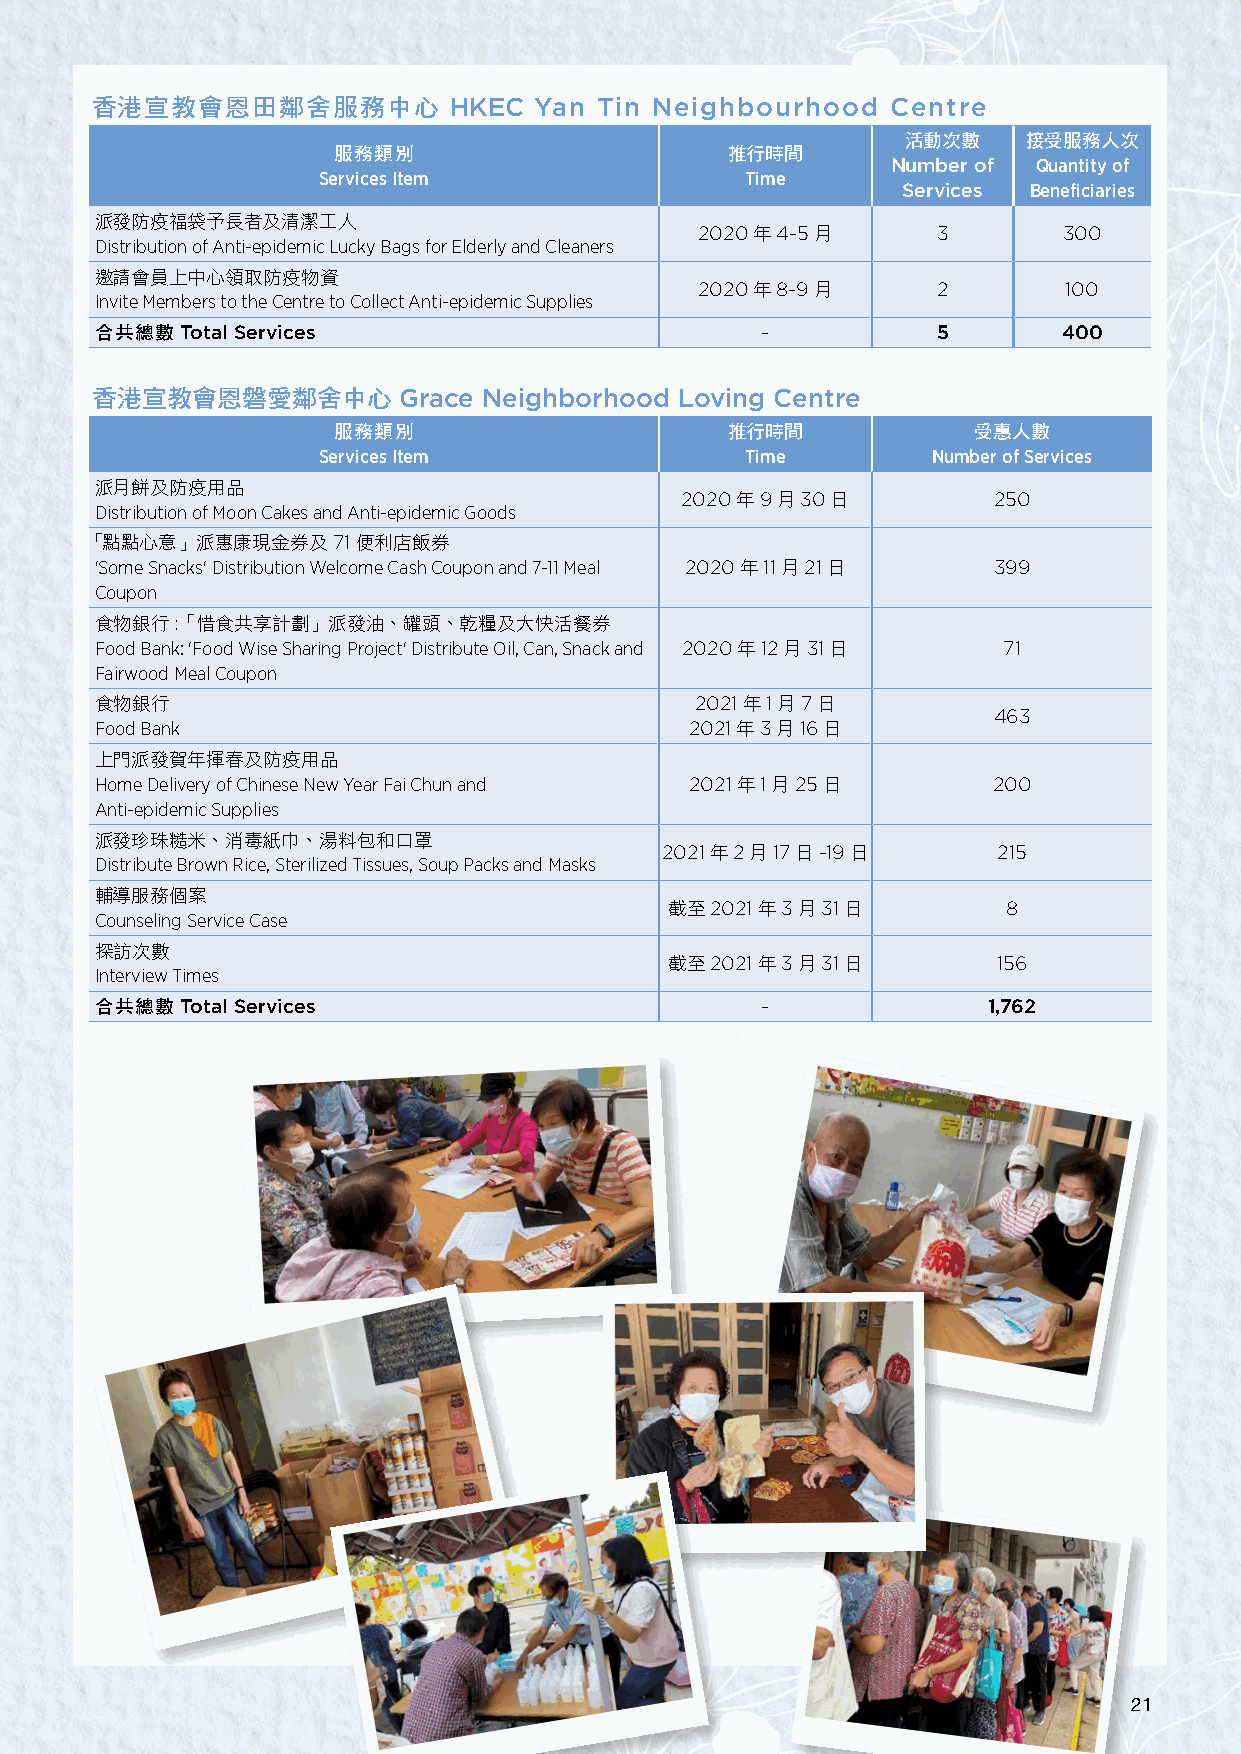
香港宣教會恩田鄰舍服務中心           HKEC Yan  Tin Neighbourhood  Centre
 活動次數    接受服務人次
 服務類別                      推行時間
 Number of Quantity of
 Services Item               Time
 Services Beneficiaries
 派發防疫福袋予長者及清潔工人
 2020年4-5月       3       300
 Distribution of Anti-epidemic Lucky Bags for Elderly and Cleaners
 邀請會員上中心領取防疫物資
 2020年8-9月       2       100
 Invite Members to the Centre to Collect Anti-epidemic Supplies
 合共總數  Total Services                        -           5       400
 香港宣教會恩磐愛鄰舍中心        Grace Neighborhood Loving Centre
 服務類別                      推行時間            受惠人數
 Services Item               Time         Number of Services
 派月餅及防疫用品
 2020年9月30日           250
 Distribution of Moon Cakes and Anti-epidemic Goods
 「點點心意」派惠康現金券及71便利店飯券
 'Some Snacks' Distribution Welcome Cash Coupon and 7-11 Meal 2020年11月21日 399
 Coupon
 食物銀行:「惜食共享計劃」派發油、罐頭、乾糧及大快活餐券
 Food Bank: 'Food Wise Sharing Project' Distribute Oil, Can, Snack and 2020年12月31日 71
 Fairwood Meal Coupon
 食物銀行                                    2021年1月7日
 463
 Food Bank                               2021年3月16日
 上門派發賀年揮春及防疫用品
 Home Delivery of Chinese New Year Fai Chun and 2021年1月25日   200
 Anti-epidemic Supplies
 派發珍珠糙米、消毒紙巾、湯料包和口罩
 2021年2月17日-19日        215
 Distribute Brown Rice, Sterilized Tissues, Soup Packs and Masks
 輔導服務個案
 截至2021年3月31日           8
 Counseling Service Case
 探訪次數
 截至2021年3月31日          156
 Interview Times
 合共總數  Total Services                        -              1,762
 21